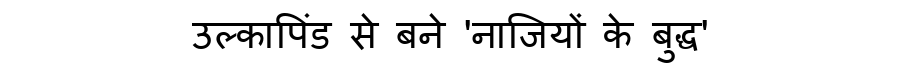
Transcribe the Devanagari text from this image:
उल्कापिंड से बने 'नाजियों के बुद्ध'